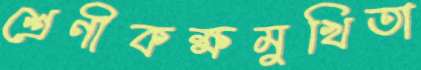
শ্রেণীকক্ষমুখিতা